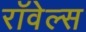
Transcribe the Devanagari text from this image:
रॉवेल्स